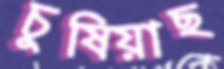
চুষিয়াছ